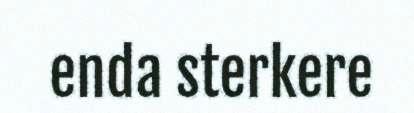
enda sterkere